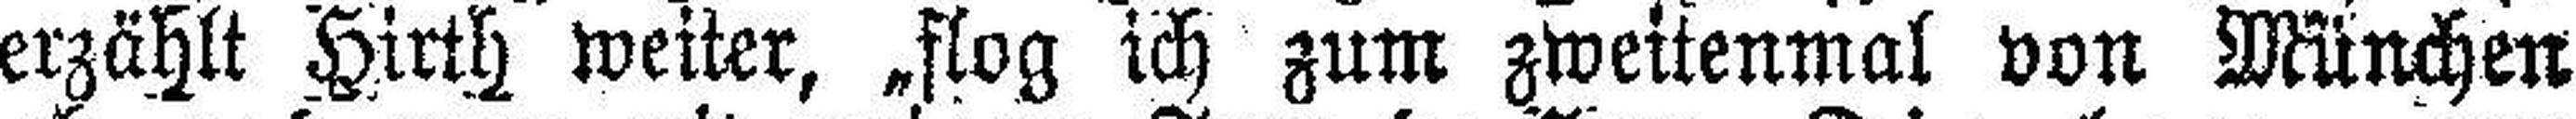
erzählt Hirth weiter, „flog ich zum zweitenmal von München